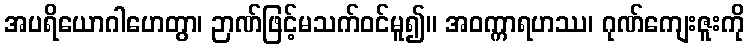
အပရိယောဂါဟေတွာ၊ ဉာဏ်ဖြင့်မသက်ဝင်မူ၍။ အဝက္ကာရဟဿ၊ ဂုဏ်ကျေးဇူးကို